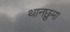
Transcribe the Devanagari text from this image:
थानछुमा